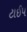
ટાઈપ